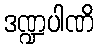
ဒဏ္ဍပါဏိ